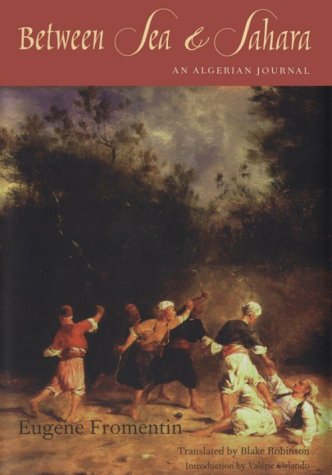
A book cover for Between Sea and Sahara: An Algerian Journal; Eugene Fromentin; Travel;